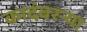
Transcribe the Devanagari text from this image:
कादंबरऱ्या